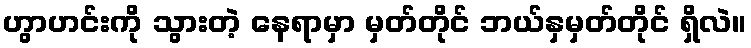
ဟွာဟင်းကို သွားတဲ့ နေရာမှာ မှတ်တိုင် ဘယ်နှမှတ်တိုင် ရှိလဲ။